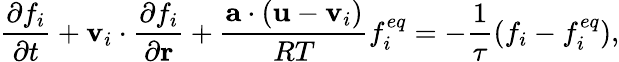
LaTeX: \frac{{\partial{f_{i}}}}{{\partial t}}+{{\mathbf{v}}_{i}}\cdot\frac{{\partial{f_{i}}}}{{\partial{\mathbf{r}}}}+\frac{{{\mathbf{a}}\cdot\left({{\mathbf{u}}-{{\mathbf{v}}_{i}}}\right)}}{{RT}}f_{i}^{eq}=-\frac{1}{\tau}\left({{f_{i}}-f_{i}^{eq}}\right),